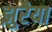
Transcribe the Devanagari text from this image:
झुरैया